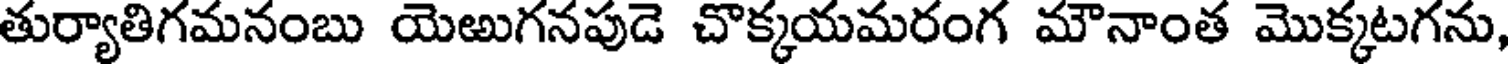
తుర్యాతిగమనంబు యెఱుగనపుడె చొక్కయమరంగ మౌనాంత మొక్కటగను,